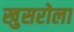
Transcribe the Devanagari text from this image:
खुसरोला